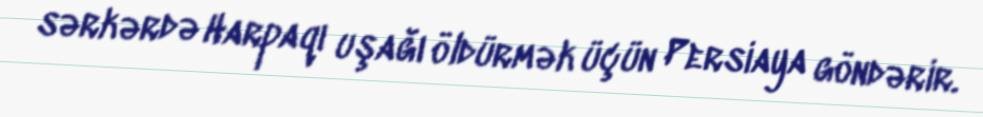
sərkərdə Harpaqı uşağı öldürmək üçün Persiaya göndərir.